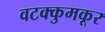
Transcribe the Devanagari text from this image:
वटक्कुमकूर